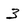
Character: 3